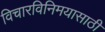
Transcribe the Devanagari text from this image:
विचारविनिमयासाठी